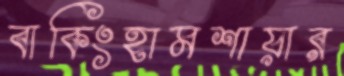
বাকিংহামশায়ার